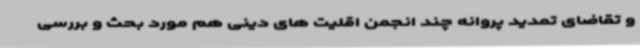
و تقاضای تمدید پروانه چند انجمن اقلیت های دینی هم مورد بحث و بررسی